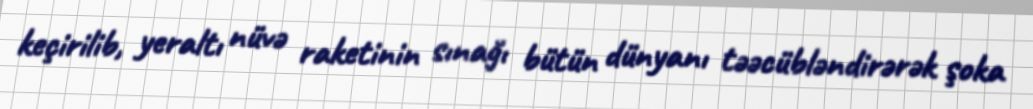
keçirilib, yeraltı nüvə raketinin sınağı bütün dünyanı təəcübləndirərək şoka